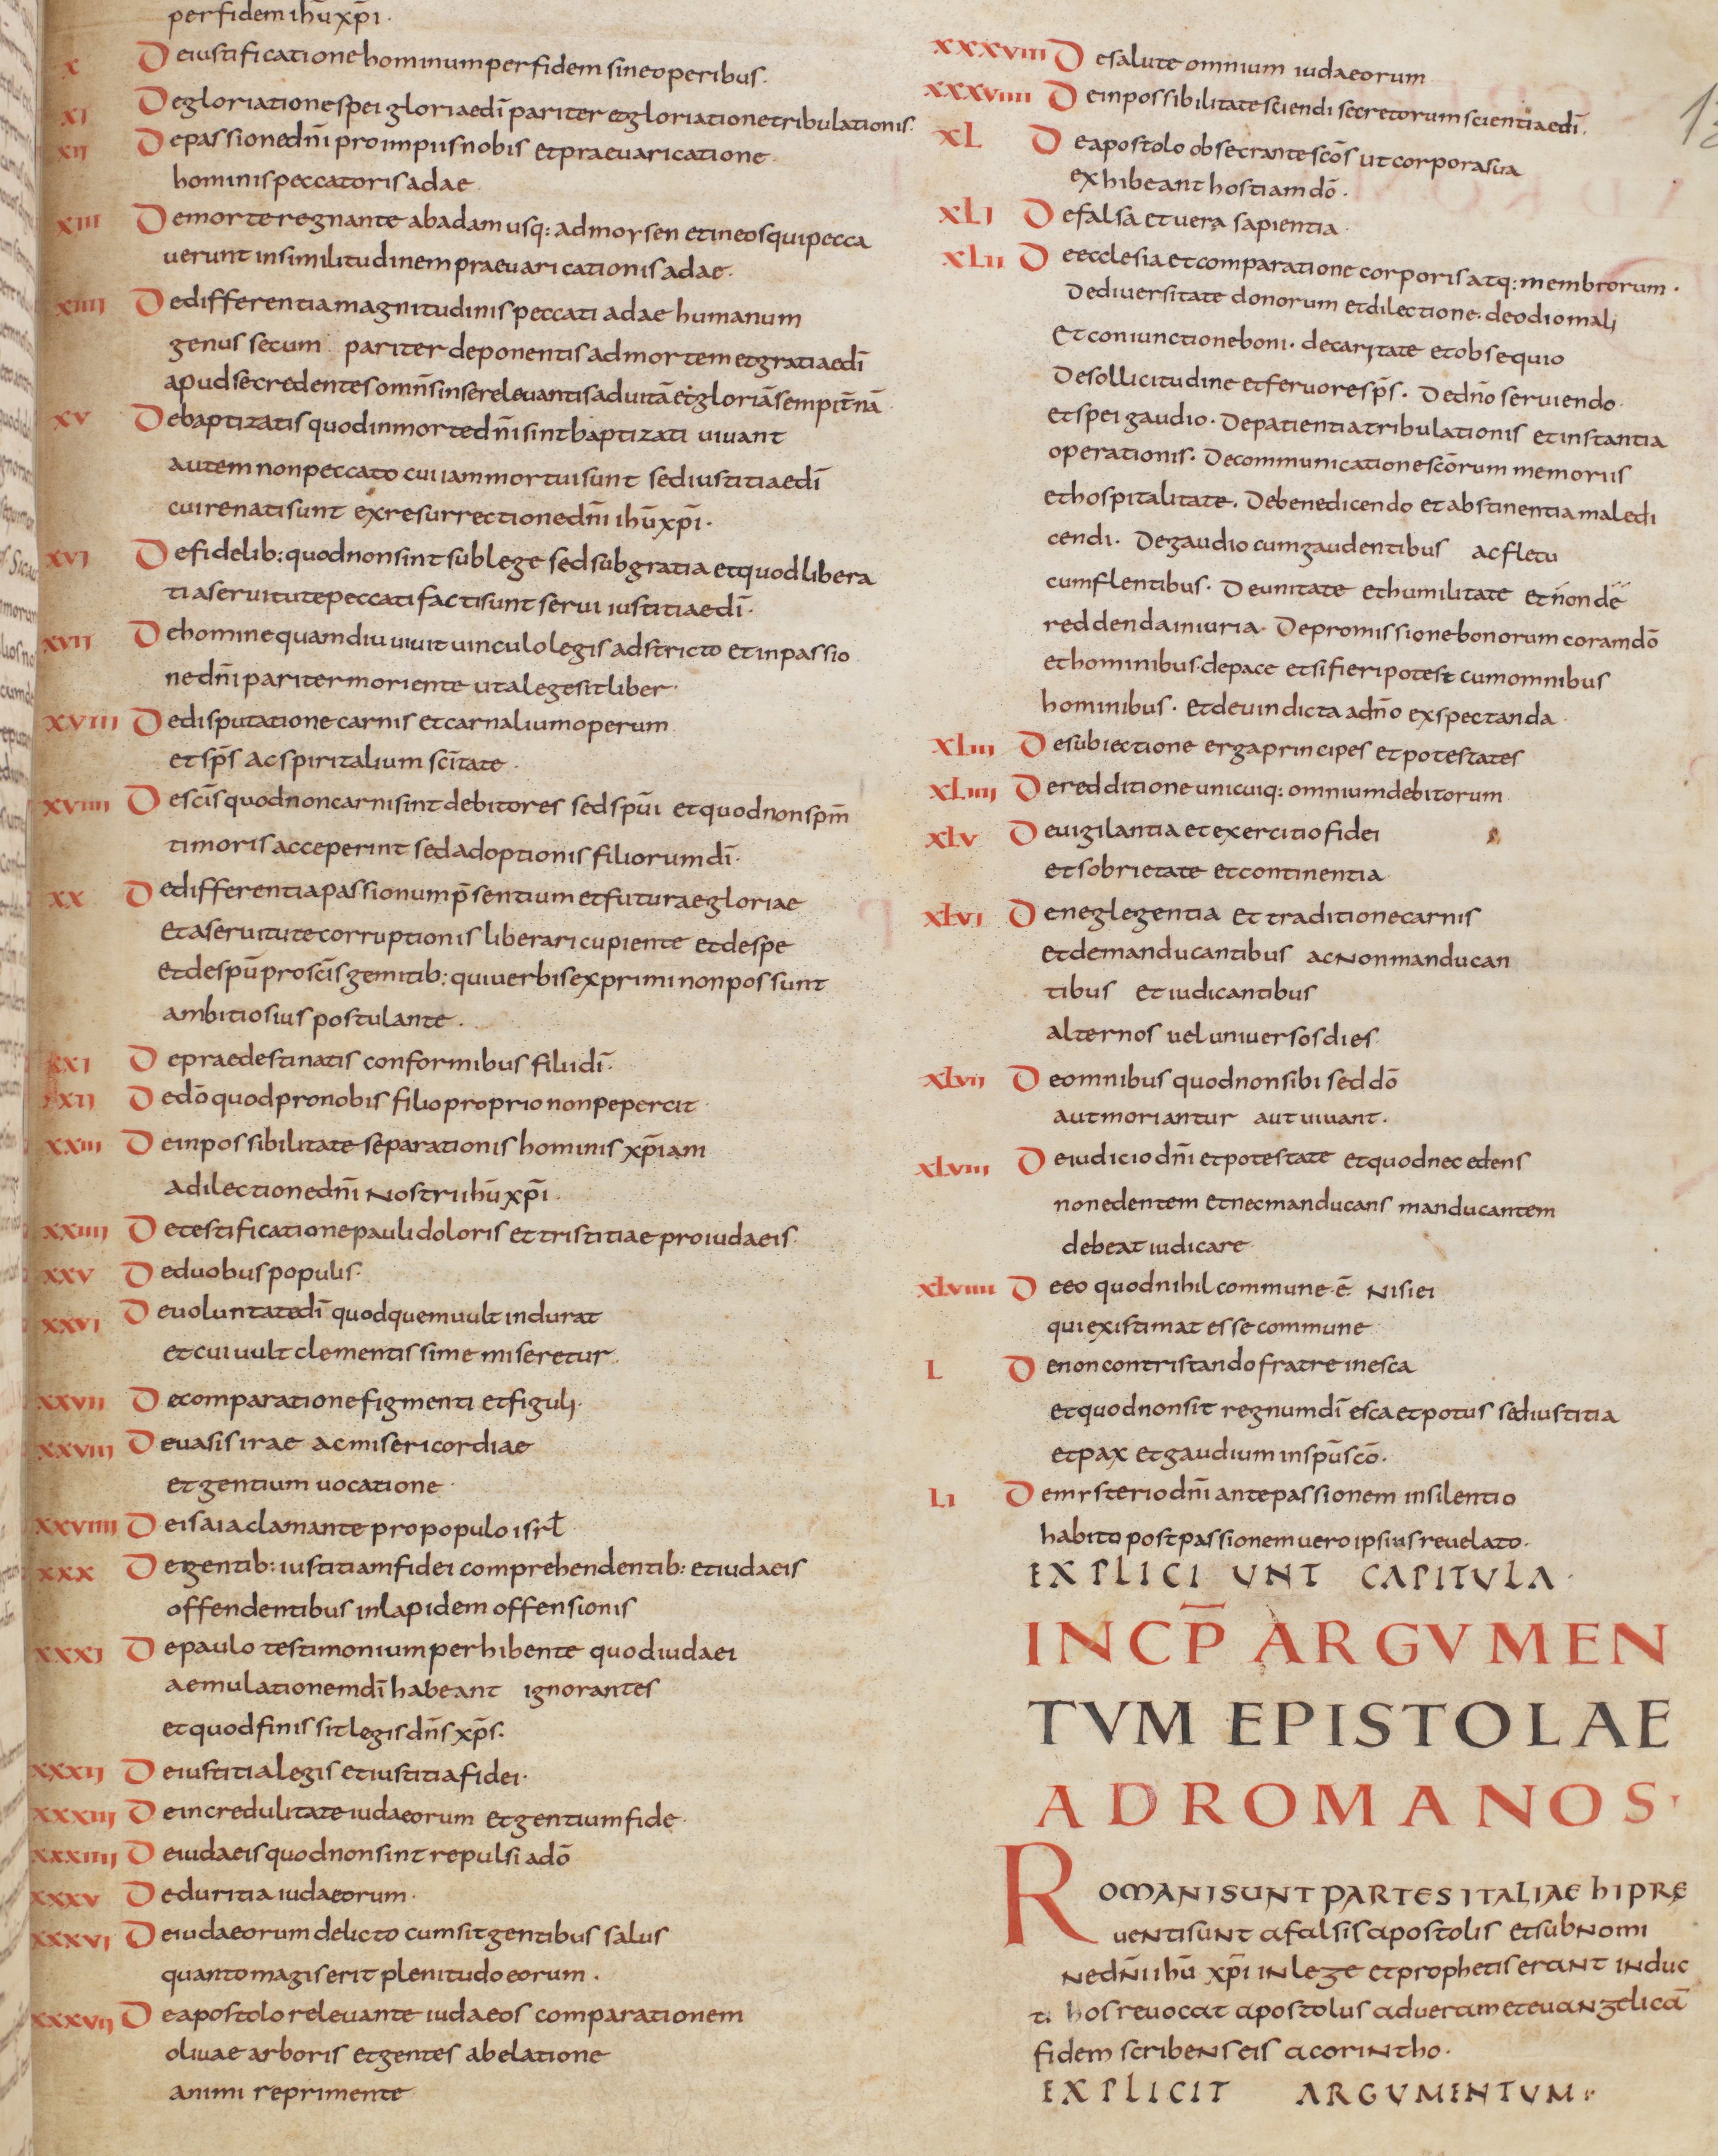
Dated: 805–845